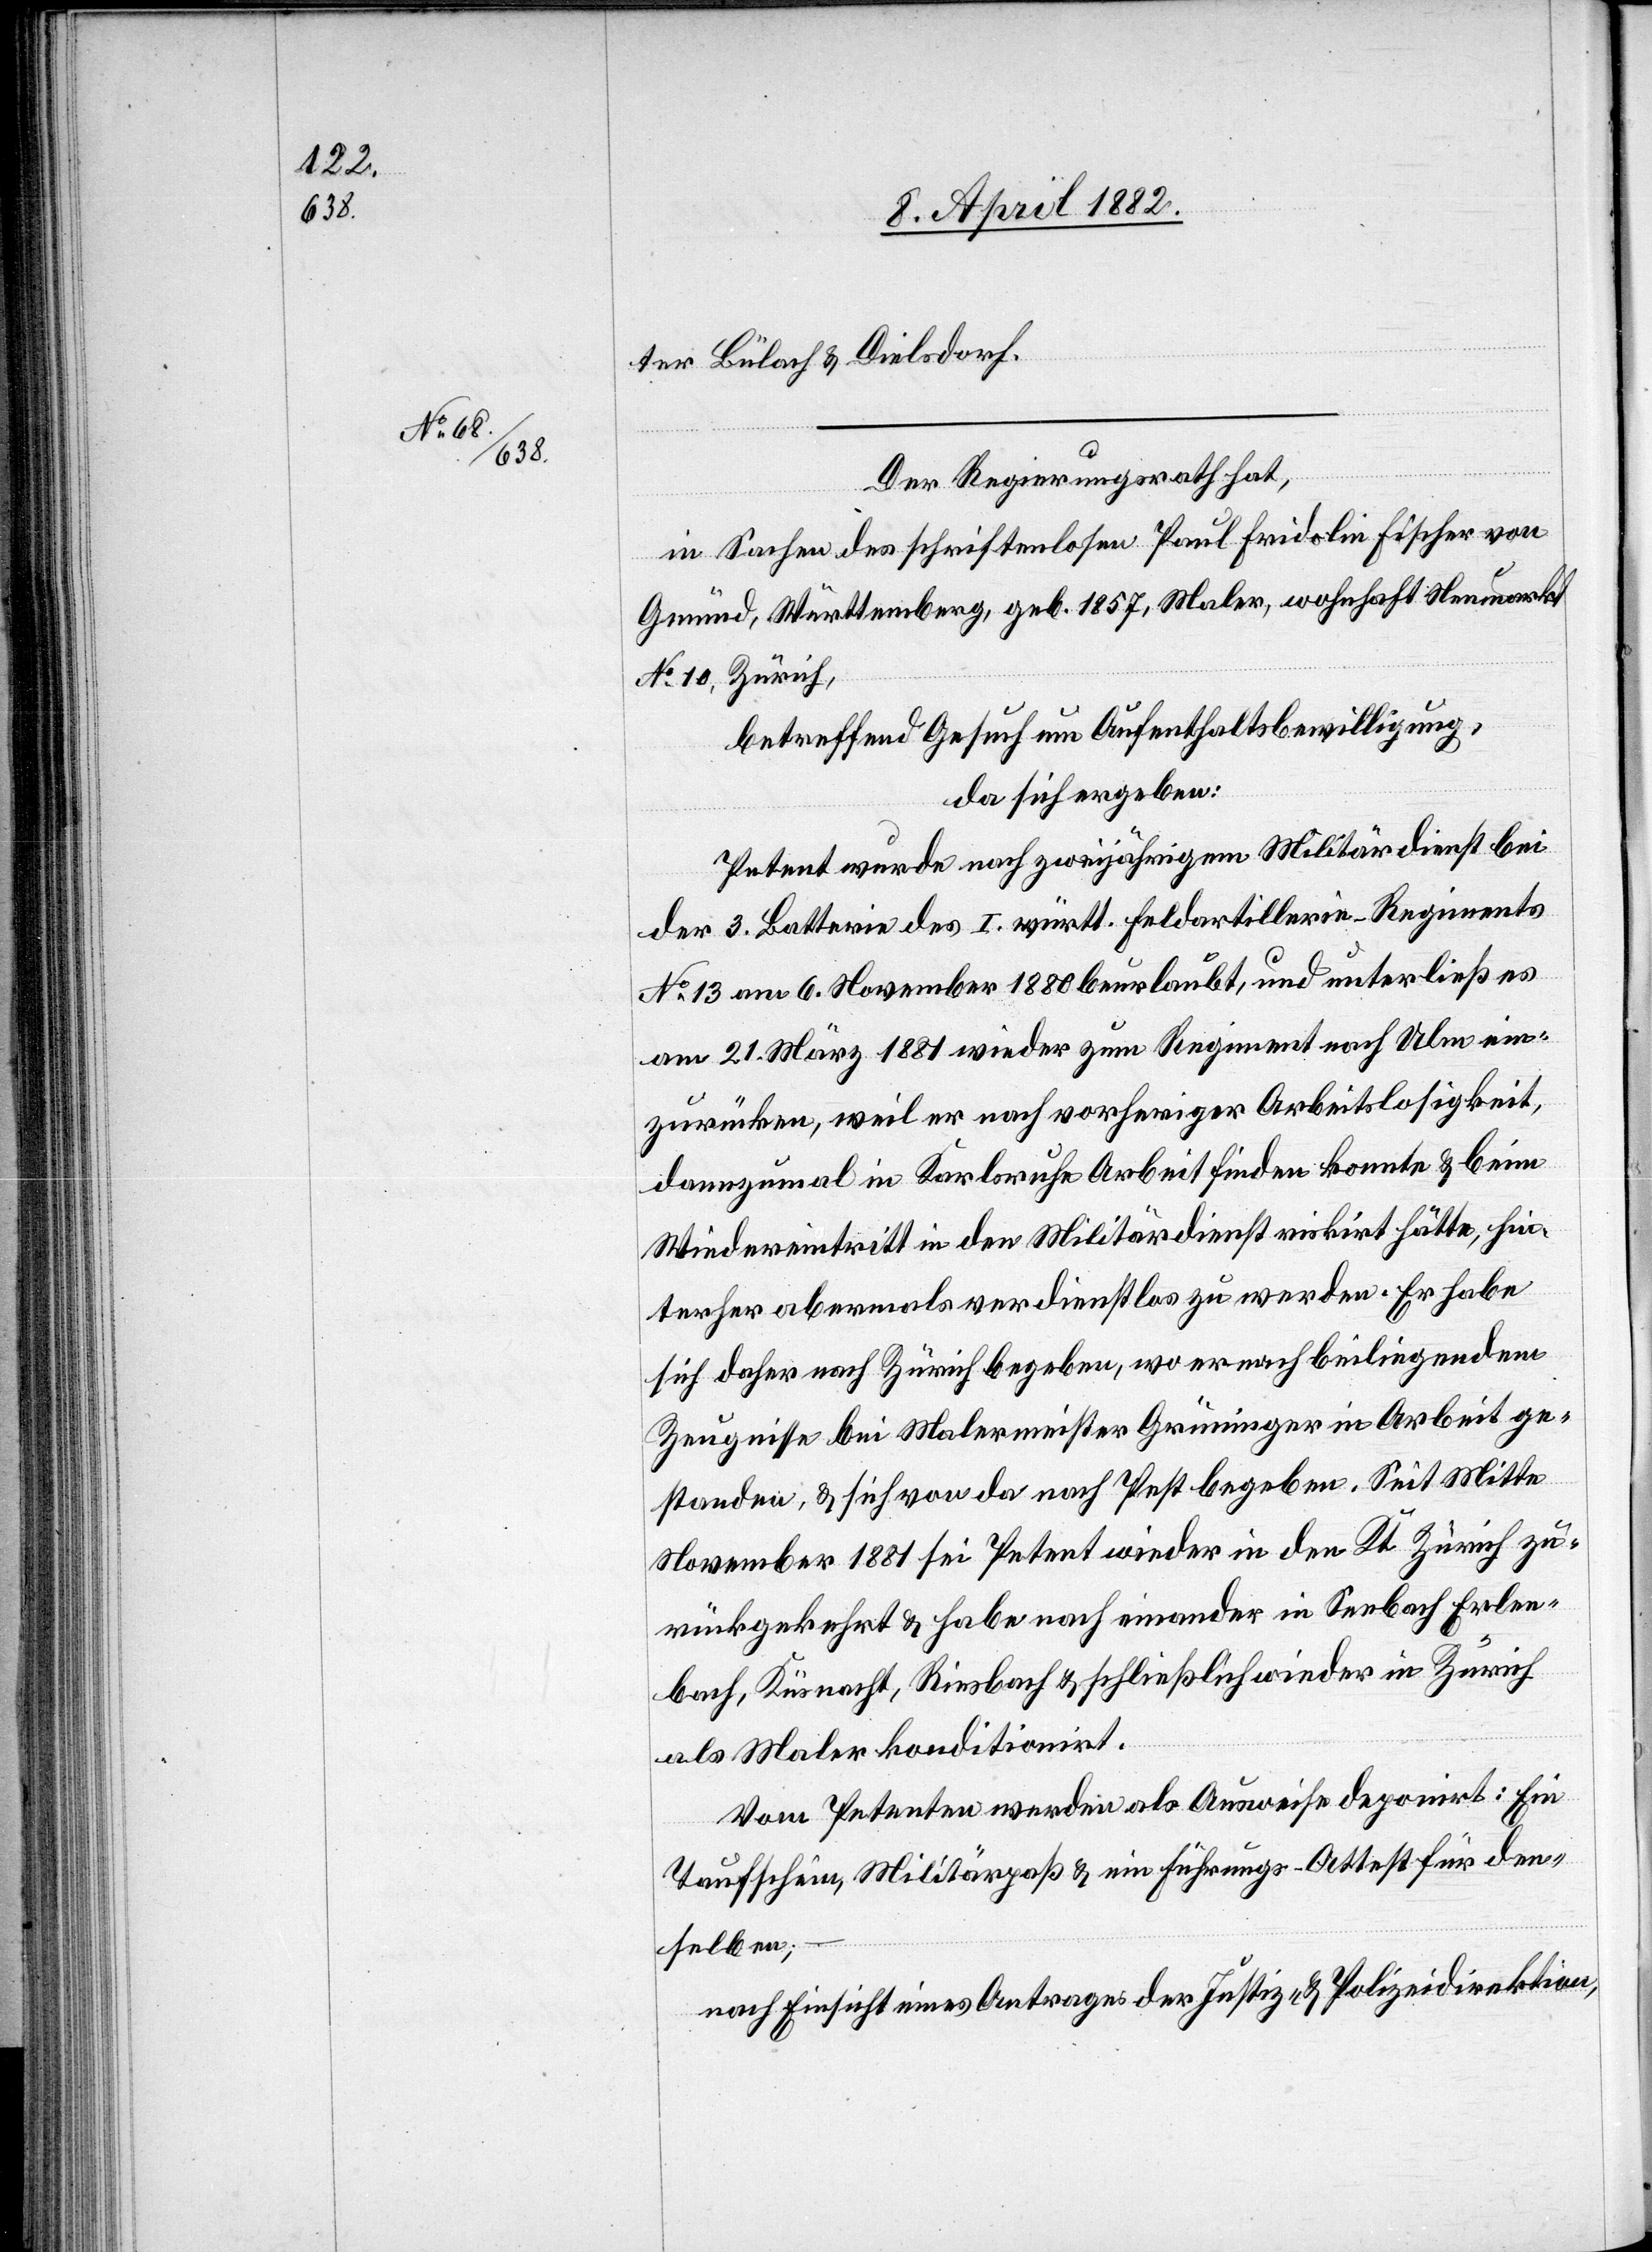
ter Bülach & Dielsdorf.
Der Regierungsrath hat,
in Sachen des schriftenlosen Paul Fridolin Fischer von
Gmünd, Württemberg, geb. 1857, Maler, wohnhaft Neumarkt
No 10, Zürich,
betreffend Gesuch um Aufenthaltsbewilligung,
da sich ergeben:
Petent wurde nach zweijährigem Militärdienst bei
der 3. Batterie des I. württ. Feldartillerie-Regiments
No13 am 6. November 1880 beurlaubt, und unterließ es
am 21. März 1881 wieder zum Regiment nach Ulm ein¬
zurücken, weil er nach vorheriger Arbeitslosigkeit,
dannzumal in Karlsruhe Arbeit finden konnte & beim
Wiedereintritt in den Militärdienst riskirt hätte, hin¬
terher abermals verdienstlos zu werden. Er habe
sich daher nach Zürich begeben, wo er nach beiliegendem
Zeugnisse bei Malermeister Grüninger in Arbeit ge¬
standen, & sich von da nach Pest begeben. Seit Mitte
November 1881 sei Petent wieder in den Kt. Zürich zu¬
rückgekehrt & habe nach einander in Seebach[,] Erlen¬
bach, Küsnacht, Riesbach & schließlich wieder in Zürich
als Maler konditionirt.
Vom Petenten werden als Ausweise deponirt: Ein
Taufschein, Militärpaß & ein Führungs-Attest für den¬
selben;
nach Einsicht eines Antrages der Justiz- & Polizeidirektion,